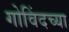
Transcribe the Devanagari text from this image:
गोविंदच्या